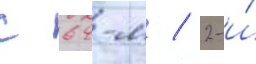
с 64-м / 2-и́